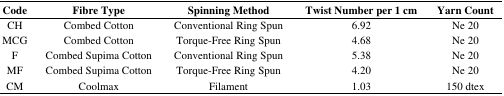
<table><thead><tr><td><b>Code</b></td><td><b>Fibre Type</b></td><td><b>Spinning Method</b></td><td><b>Twist Number per 1 cm</b></td><td><b>Yarn Count</b></td></tr></thead><tbody><tr><td>CH</td><td>Combed Cotton</td><td>Conventional Ring Spun</td><td>6.92</td><td>Ne 20</td></tr><tr><td>MCG</td><td>Combed Cotton</td><td>Torque-Free Ring Spun</td><td>4.68</td><td>Ne 20</td></tr><tr><td>F</td><td>Combed Supima Cotton</td><td>Conventional Ring Spun</td><td>5.38</td><td>Ne 20</td></tr><tr><td>MF</td><td>Combed Supima Cotton</td><td>Torque-Free Ring Spun</td><td>4.20</td><td>Ne 20</td></tr><tr><td>CM</td><td>Coolmax</td><td>Filament</td><td>1.03</td><td>150 dtex</td></tr></tbody></table>